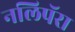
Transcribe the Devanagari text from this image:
नलिपॅरा